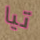
تيا